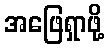
အဖြေရှာဖို့